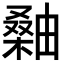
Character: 𪳫